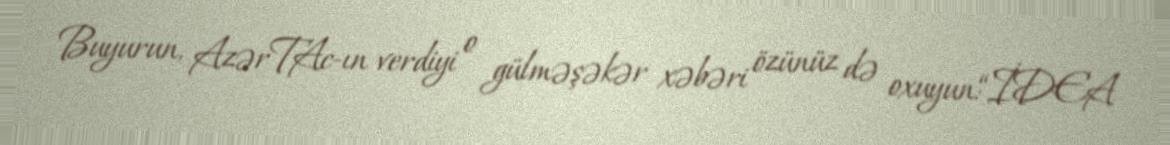
Buyurun, AzərTAc-ın verdiyi o gülməşəkər xəbəri özünüz də oxuyun:“İDEA